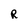
Character: R